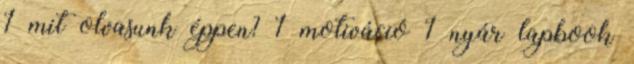
1 mit olvasunk éppen? 1 motiváció 1 nyár lapbook